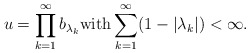
\begin{align*} u = \prod_{k=1}^\infty b_{\lambda_k} \mbox{with} \sum_{k=1}^\infty (1 - |\lambda_k|) < \infty.\end{align*}